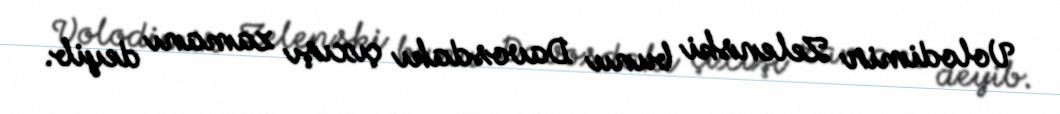
Volodimir Zelenski bunu Davosdakı çıxışı zamanı deyib.